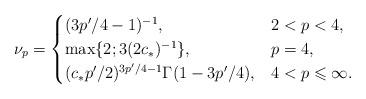
LaTeX: \begin{align*}\nu_p=\begin{cases}(3p'/4-1)^{-1}, &2<p<4,\\\max \{ 2; 3(2c_*)^{-1}\}, &p=4,\\(c_* p'/2)^{3p'/4-1} \Gamma(1- 3p'/4), &4<p\leqslant \infty .\end{cases}\end{align*}